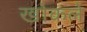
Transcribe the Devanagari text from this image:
खोकले